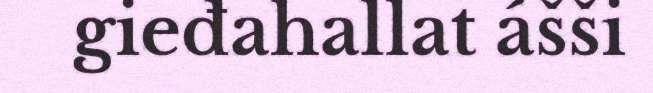
gieđahallat ášši